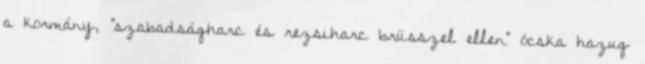
a kormány, "szabadságharc és rezsiharc brüsszel ellen" ócska hazug